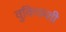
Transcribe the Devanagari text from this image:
वुकिकशी